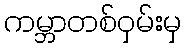
ကမ္ဘာတစ်ဝှမ်းမှ